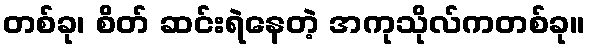
တစ်ခု၊ စိတ် ဆင်းရဲနေတဲ့ အကုသိုလ်ကတစ်ခု။